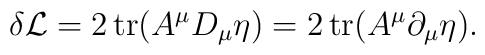
\delta {\cal L} = 2\, {\rm tr} (A^\mu D_\mu \eta) = 2\, {\rm tr}(A^\mu \partial_\mu \eta).